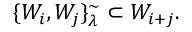
\{ W _ { i } , W _ { j } \} _ { \lambda } ^ { \sim } \subset W _ { i + j } .